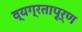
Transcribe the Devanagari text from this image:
व्यग्रतापूर्ण